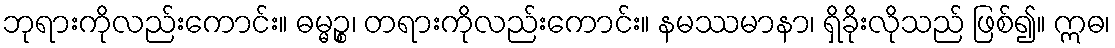
ဘုရားကိုလည်းကောင်း။ ဓမ္မဉ္စ၊ တရားကိုလည်းကောင်း။ နမဿမာနာ၊ ရှိခိုးလိုသည် ဖြစ်၍။ ဣဓ၊